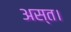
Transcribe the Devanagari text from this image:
अस्त।